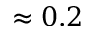
\approx 0 . 2